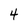
Character: 4